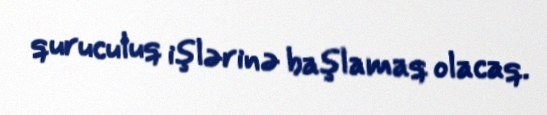
quruculuq işlərinə başlamaq olacaq.